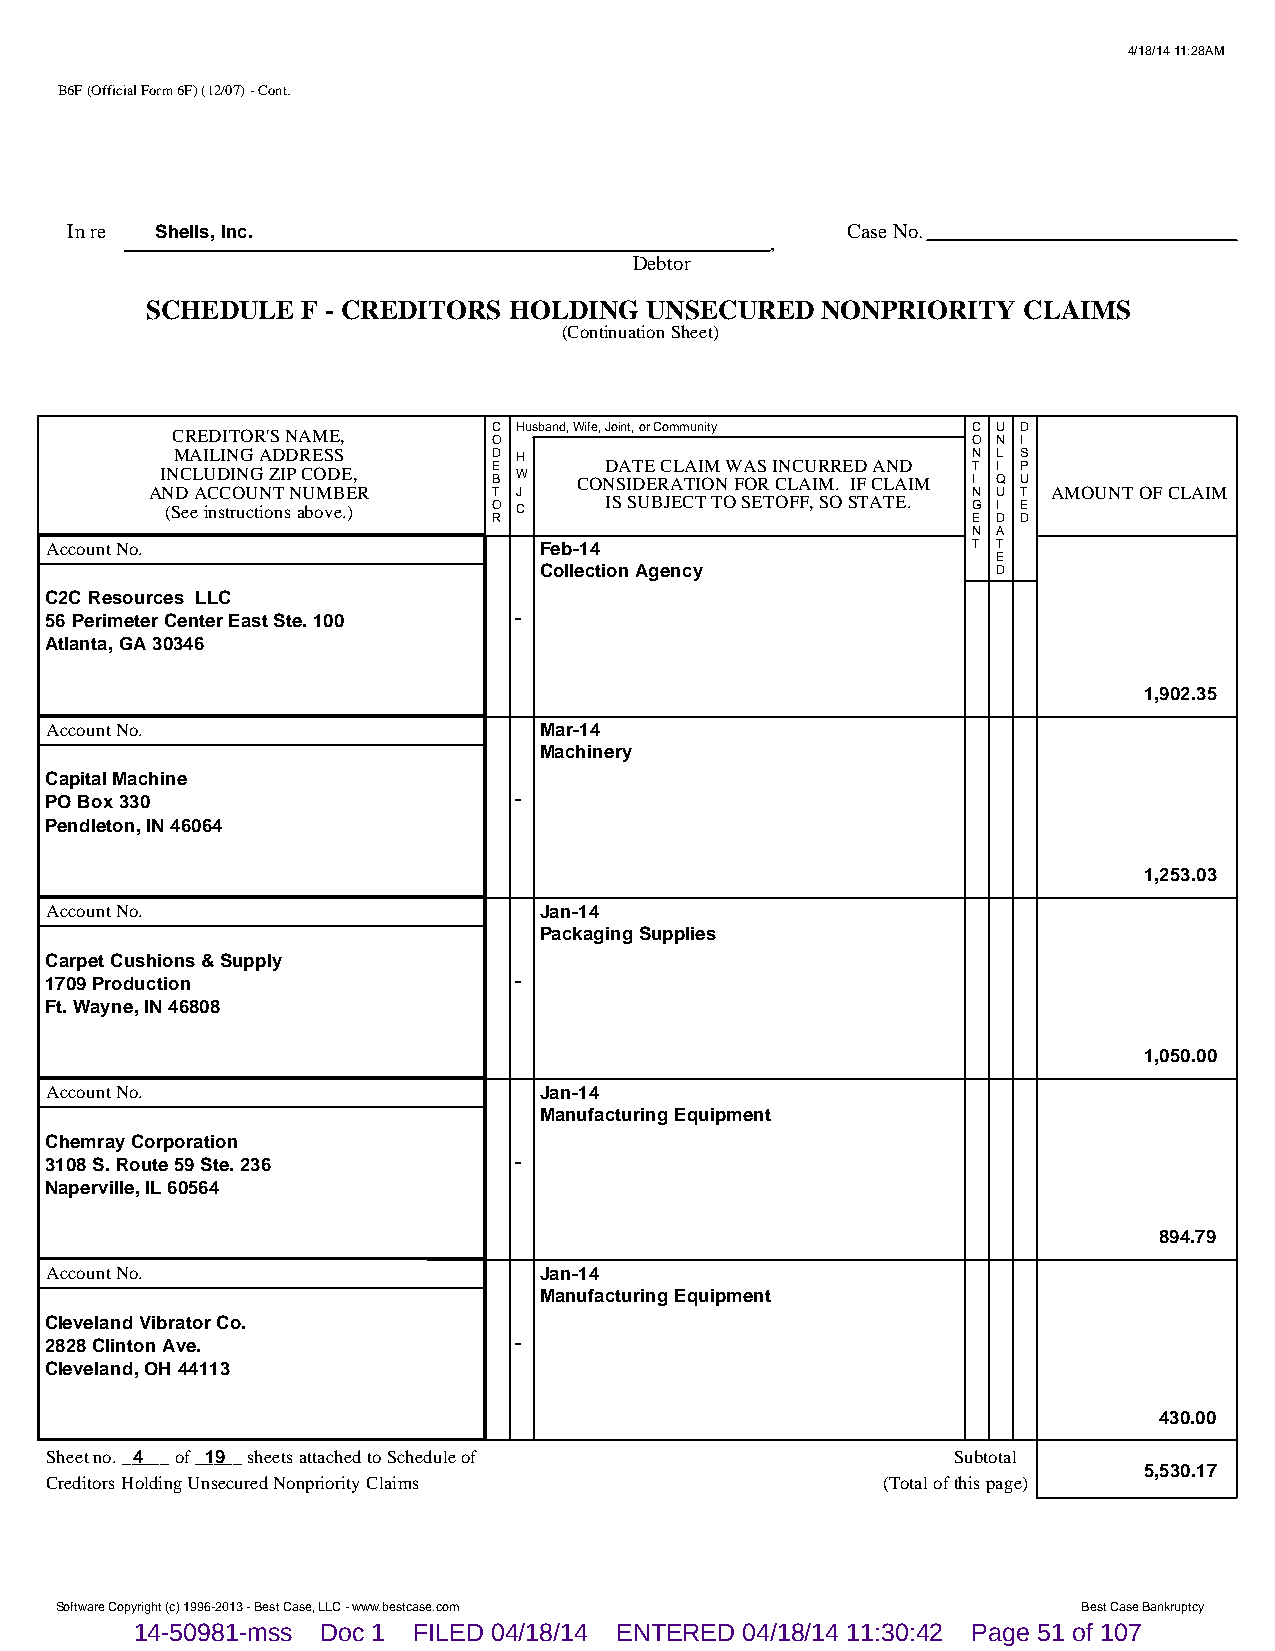
4/18/14 11:28AM
 B6F (Official Form 6F) (12/07) - Cont.
 In re Shells, Inc.                                  Case No.
 ,
 Debtor
 SCHEDULE  F - CREDITORS HOLDING  UNSECURED  NONPRIORITY   CLAIMS
 (Continuation Sheet)
 CREDITOR'S NAME,      C Husband, Wife, Joint, or Community C U D
 O                              O N I
 MAILING ADDRESS       D H                            N L S
 INCLUDING ZIP CODE,   E B W COND SA IT DE E RC AL TA II OM N W FA OS R I CN LC AU IR MR . E ID F CA LN AD IM T I I Q P U
 AND ACCOUNT NUMBER     T J                            N U T AMOUNT OF CLAIM
 (See instructions above.) O C IS SUBJECT TO SETOFF, SO STATE. G I E
 R                              E D D
 N A
 Account No.                      Feb-14                      T T
 E
 Collection Agency             D
 C2C Resources LLC
 56 Perimeter Center East Ste. 100 -
 Atlanta, GA 30346
 1,902.35
 Account No.                      Mar-14
 Machinery
 Capital Machine
 PO Box 330                     -
 Pendleton, IN 46064
 1,253.03
 Account No.                      Jan-14
 Packaging Supplies
 Carpet Cushions & Supply
 1709 Production                -
 Ft. Wayne, IN 46808
 1,050.00
 Account No.                      Jan-14
 Manufacturing Equipment
 Chemray Corporation
 3108 S. Route 59 Ste. 236      -
 Naperville, IL 60564
 894.79
 Account No.                      Jan-14
 Manufacturing Equipment
 Cleveland Vibrator Co.
 2828 Clinton Ave.              -
 Cleveland, OH 44113
 430.00
 Sheet no. __4___ of __1_9__ sheets attached to Schedule of  Subtotal
 5,530.17
 Creditors Holding Unsecured Nonpriority Claims         (Total of this page)
 Software Copyright (c) 1996-2013 - Best Case, LLC - www.bestcase.com Best Case Bankruptcy
 14-50981-mss Doc 1 FILED 04/18/14 ENTERED 04/18/14 11:30:42 Page 51 of 107